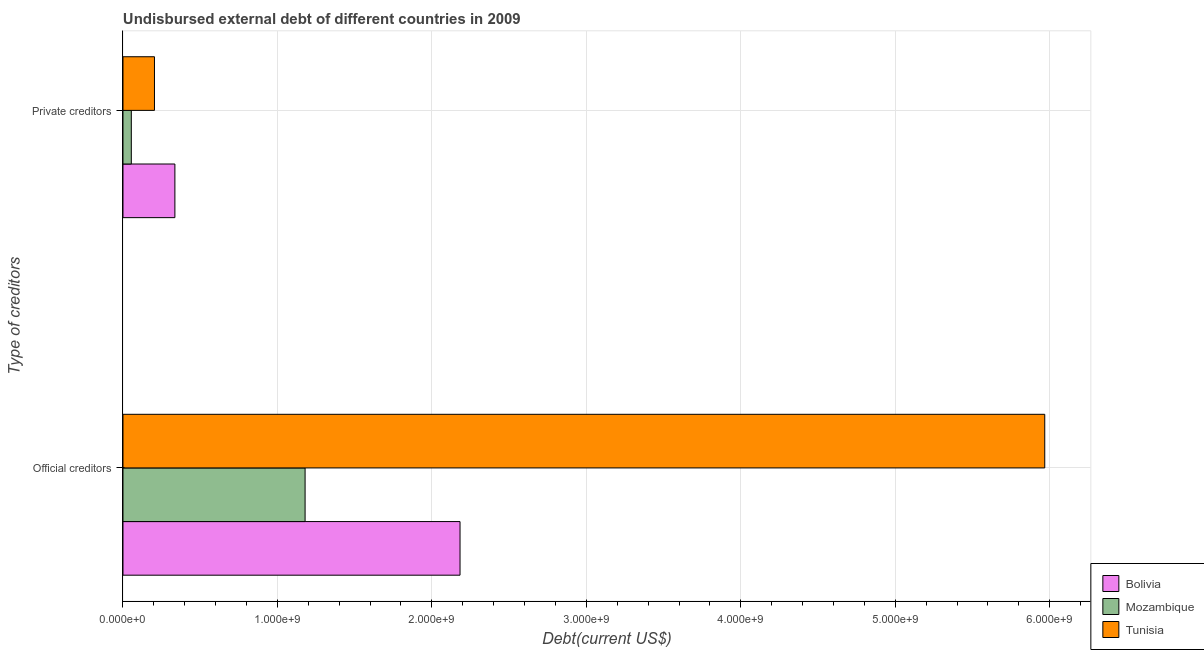
| Type of creditors | Bolivia | Mozambique | Tunisia |
 | --- | --- | --- | --- |
 | Official creditors | 2.18e+09 | 1.18e+09 | 5.97e+09 |
 | Private creditors | 3.36e+08 | 5.4e+07 | 2.04e+08 |